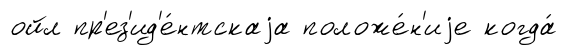
ойл пр'ез'ид'е́нтскаjа положе́н'иjе когда́